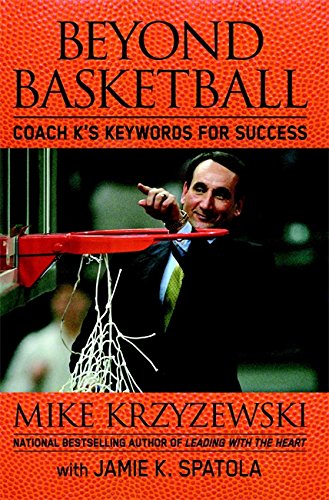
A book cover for Beyond Basketball: Coach K's Keywords for Success; Mike Krzyzewski; Sports & Outdoors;